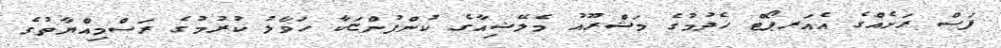
ފަސް ރަށެއްގެ އެއަރޕޯޓް ހެދުމުގެ މަޝްރޫއު މެލޭޝިއާގެ ކުންފުންޏަކާ ހަވާލު ކުރުމުގެ ރަސްމިއްޔާތުގެ